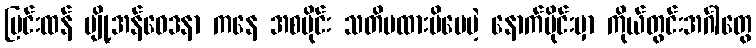
ပြင်းထန် ပျို့အန်ဝေဒနာ ကနေ အစပိုင်း သတိမထားမိပေမဲ့ နောက်ပိုင်းမှာ ကိုယ်တွင်းအင်္ဂါတွေ